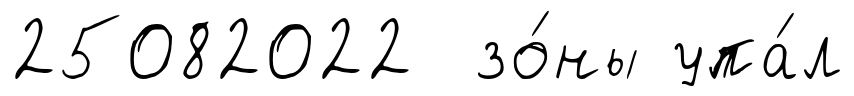
25082022 зо́ны упа́л